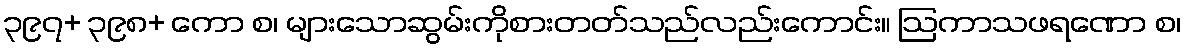
၃၉၇+ ၃၉၈+ ကော စ၊ များသောဆွမ်းကိုစားတတ်သည်လည်းကောင်း။ ဩကာသဖရဏော စ၊